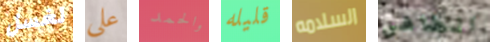
لغسل علي والحمد قليله السلامه الطاهي